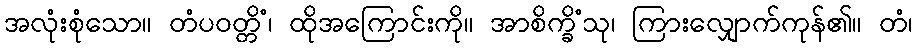
အလုံးစုံသော။ တံပဝတ္တိံ၊ ထိုအကြောင်းကို။ အာစိက္ခိံသု၊ ကြားလျှောက်ကုန်၏။ တံ၊